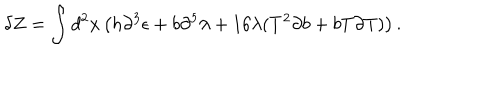
LaTeX: \delta Z = \int d ^ { 2 } x \left( h \partial ^ { 3 } \epsilon + b \partial ^ { 5 } \lambda + 1 6 \lambda ( T ^ { 2 } \partial b + b T \partial T ) \right) .